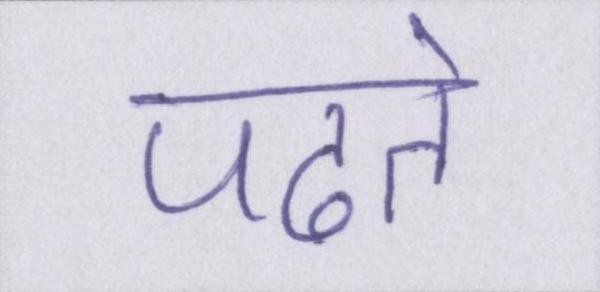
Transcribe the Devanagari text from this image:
पढते